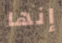
إنها